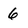
Character: 6